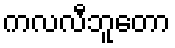
ကလလီဘူတော